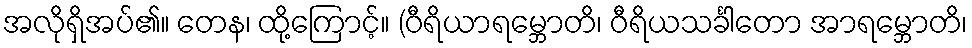
အလိုရှိအပ်၏။ တေန၊ ထို့ကြောင့်။ (ဝီရိယာရမ္ဘောတိ၊ ဝီရိယသင်္ခါတော အာရမ္ဘောတိ၊